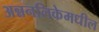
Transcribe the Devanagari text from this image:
अन्ननलिकेमधील